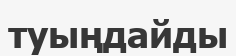
туыңдайды